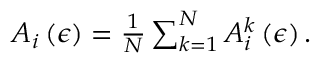
\begin{array} { r } { A _ { i } \left( \epsilon \right) = \frac { 1 } { N } \sum _ { k = 1 } ^ { N } A _ { i } ^ { k } \left( \epsilon \right) . } \end{array}